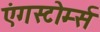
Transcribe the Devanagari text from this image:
एंगस्टोर्म्स